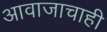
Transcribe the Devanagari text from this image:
आवाजाचाही